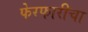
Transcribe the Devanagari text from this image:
फेरफारीचा